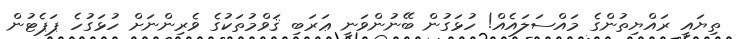
ތިޔައީ ރައްޔިތުންގެ މައްސަލައެއް! ހުޅަގުން ބޭނުންވަނީ ޢަރަބި ޤަވްމުތަކުގެ ވެރިންނަށް ހުޅަގުހެ ޕަޕެޓުން